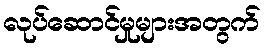
လုပ်ဆောင်မှုများအတွက်